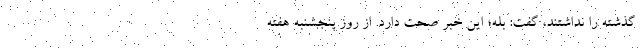
گذشته را نداشتند، گفت: بله؛ این خبر صحت دارد. از روز پنجشنبه هفته